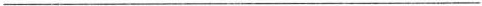
___